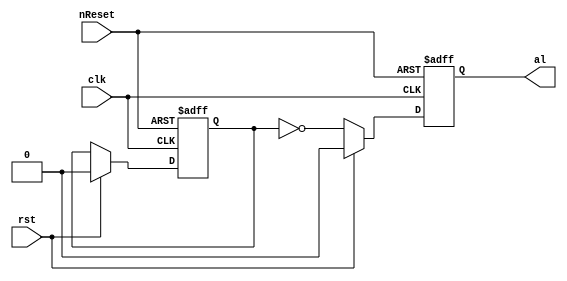
// one of my early test cases was the OpenCores I2C master
// This is a collection of stripped down code snippets from
// this core that triggered bugs in early versions of yosys.

// from i2c_master_bit_ctrl
module i2c_test01(clk, rst, nReset, al);

	input clk, rst, nReset;
	output reg al;

	reg cmd_stop;
	always @(posedge clk or negedge nReset)
	  if (~nReset)
	    cmd_stop <= #1 1'b0;
	  else if (rst)
	    cmd_stop <= #1 1'b0;

	always @(posedge clk or negedge nReset)
	  if (~nReset)
	    al <= #1 1'b0;
	  else if (rst)
	    al <= #1 1'b0;
	  else
	    al <= #1 ~cmd_stop;

endmodule

// from i2c_master_bit_ctrl
module i2c_test02(clk, slave_wait, clk_cnt, cmd, cmd_stop, cnt);

	input clk, slave_wait, clk_cnt;
	input cmd;

	output reg cmd_stop;

	reg clk_en;
	output reg [15:0] cnt;

	always @(posedge clk)
	  if (~|cnt)
	    if (~slave_wait)
	      begin
	          cnt    <= #1 clk_cnt;
	          clk_en <= #1 1'b1;
	      end
	    else
	      begin
	          cnt    <= #1 cnt;
	          clk_en <= #1 1'b0;
	      end
	  else
	    begin
                cnt    <= #1 cnt - 16'h1;
	        clk_en <= #1 1'b0;
	    end

	always @(posedge clk)
	  if (clk_en)
	    cmd_stop <= #1 cmd;

endmodule